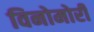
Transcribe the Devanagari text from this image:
विनोमोरी